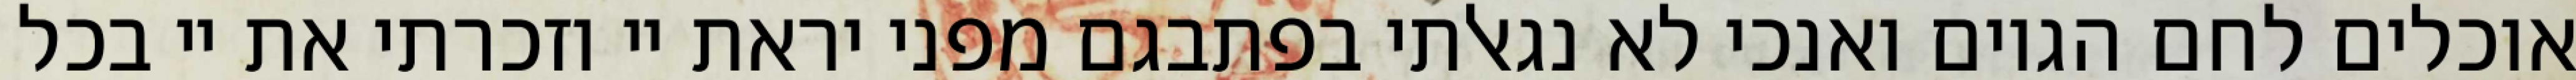
אוכלים לחם הגוים ואנכי לא נגאלתי בפתבגם מפני יראת יי וזכרתי את יי בכל